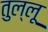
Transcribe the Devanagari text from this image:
तुल्लू